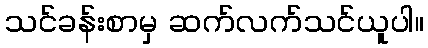
သင်ခန်းစာမှ ဆက်လက်သင်ယူပါ။